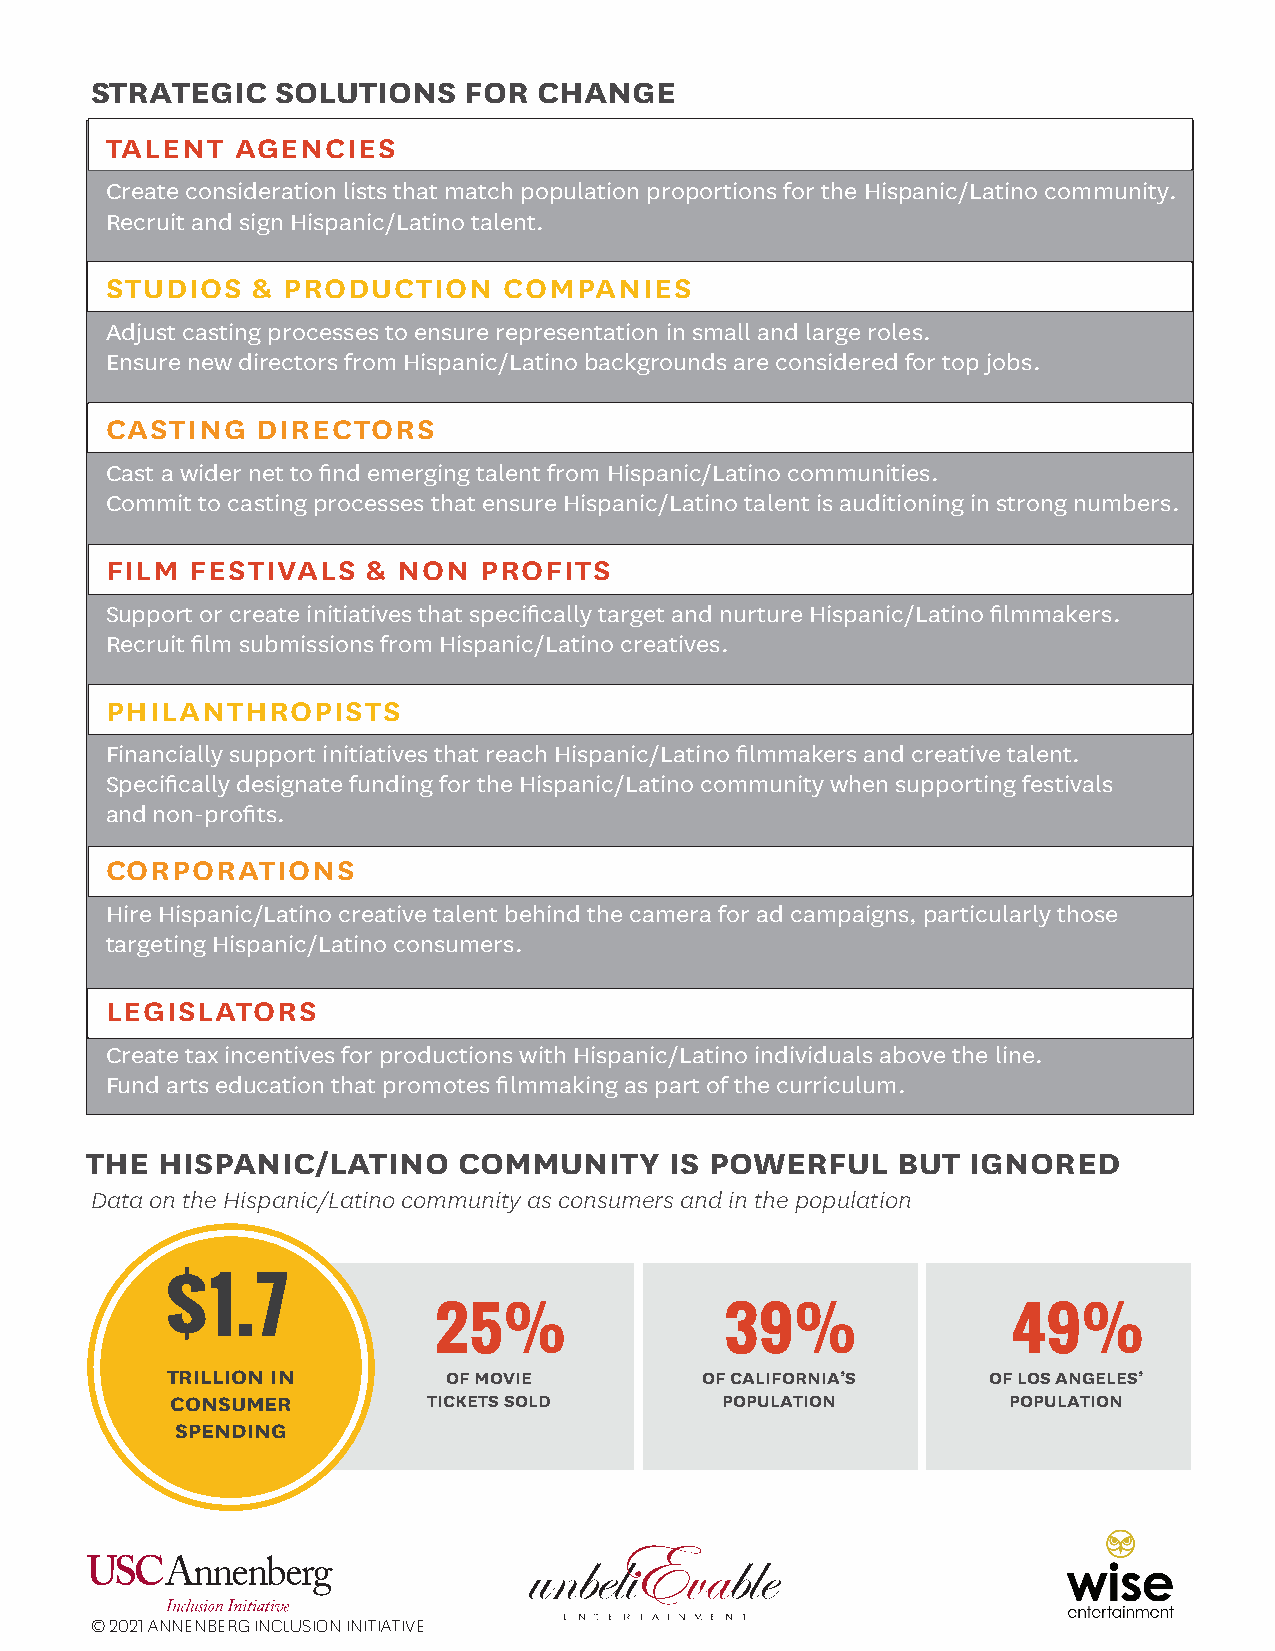
STRATEGIC   SOLUTIONS    FOR  CHANGE
 TALENT   AGENCIES
 Create consideration lists that match population proportions for the Hispanic/Latino community.
 Recruit and sign Hispanic/Latino talent.
 STUDIOS   & PRODUCTION    COMPANIES
 Adjust casting processes to ensure representation in small and large roles.
 Ensure new directors from Hispanic/Latino backgrounds are considered for top jobs.
 CASTING   DIRECTORS
 Cast a wider net to find emerging talent from Hispanic/Latino communities.
 Commit to casting processes that ensure Hispanic/Latino talent is auditioning in strong numbers.
 FILM  FESTIVALS  & NON   PROFITS
 Support or create initiatives that specifically target and nurture Hispanic/Latino filmmakers.
 Recruit film submissions from Hispanic/Latino creatives.
 PHILANTHROPISTS
 Financially support initiatives that reach Hispanic/Latino filmmakers and creative talent.
 Specifically designate funding for the Hispanic/Latino community when supporting festivals
 and non-profits.
 CORPORATIONS
 Hire Hispanic/Latino creative talent behind the camera for ad campaigns, particularly those
 targeting Hispanic/Latino consumers.
 LEGISLATORS
 Create tax incentives for productions with Hispanic/Latino individuals above the line.
 Fund arts education that promotes filmmaking as part of the curriculum.
 THE HISPANIC/LATINO     COMMUNITY     IS POWERFUL    BUT  IGNORED
 Data on the Hispanic/Latino community as consumers and in the population
 $1.7
 25%                39%                49%
 TRILLION IN        OF MOVIE        OF CALIFORNIA’S    OF LOS ANGELES’
 CONSUMER         TICKETS SOLD        POPULATION         POPULATION
 SPEN DING
 © 2021 ANNENBERG INCLUSION INITIATIVE